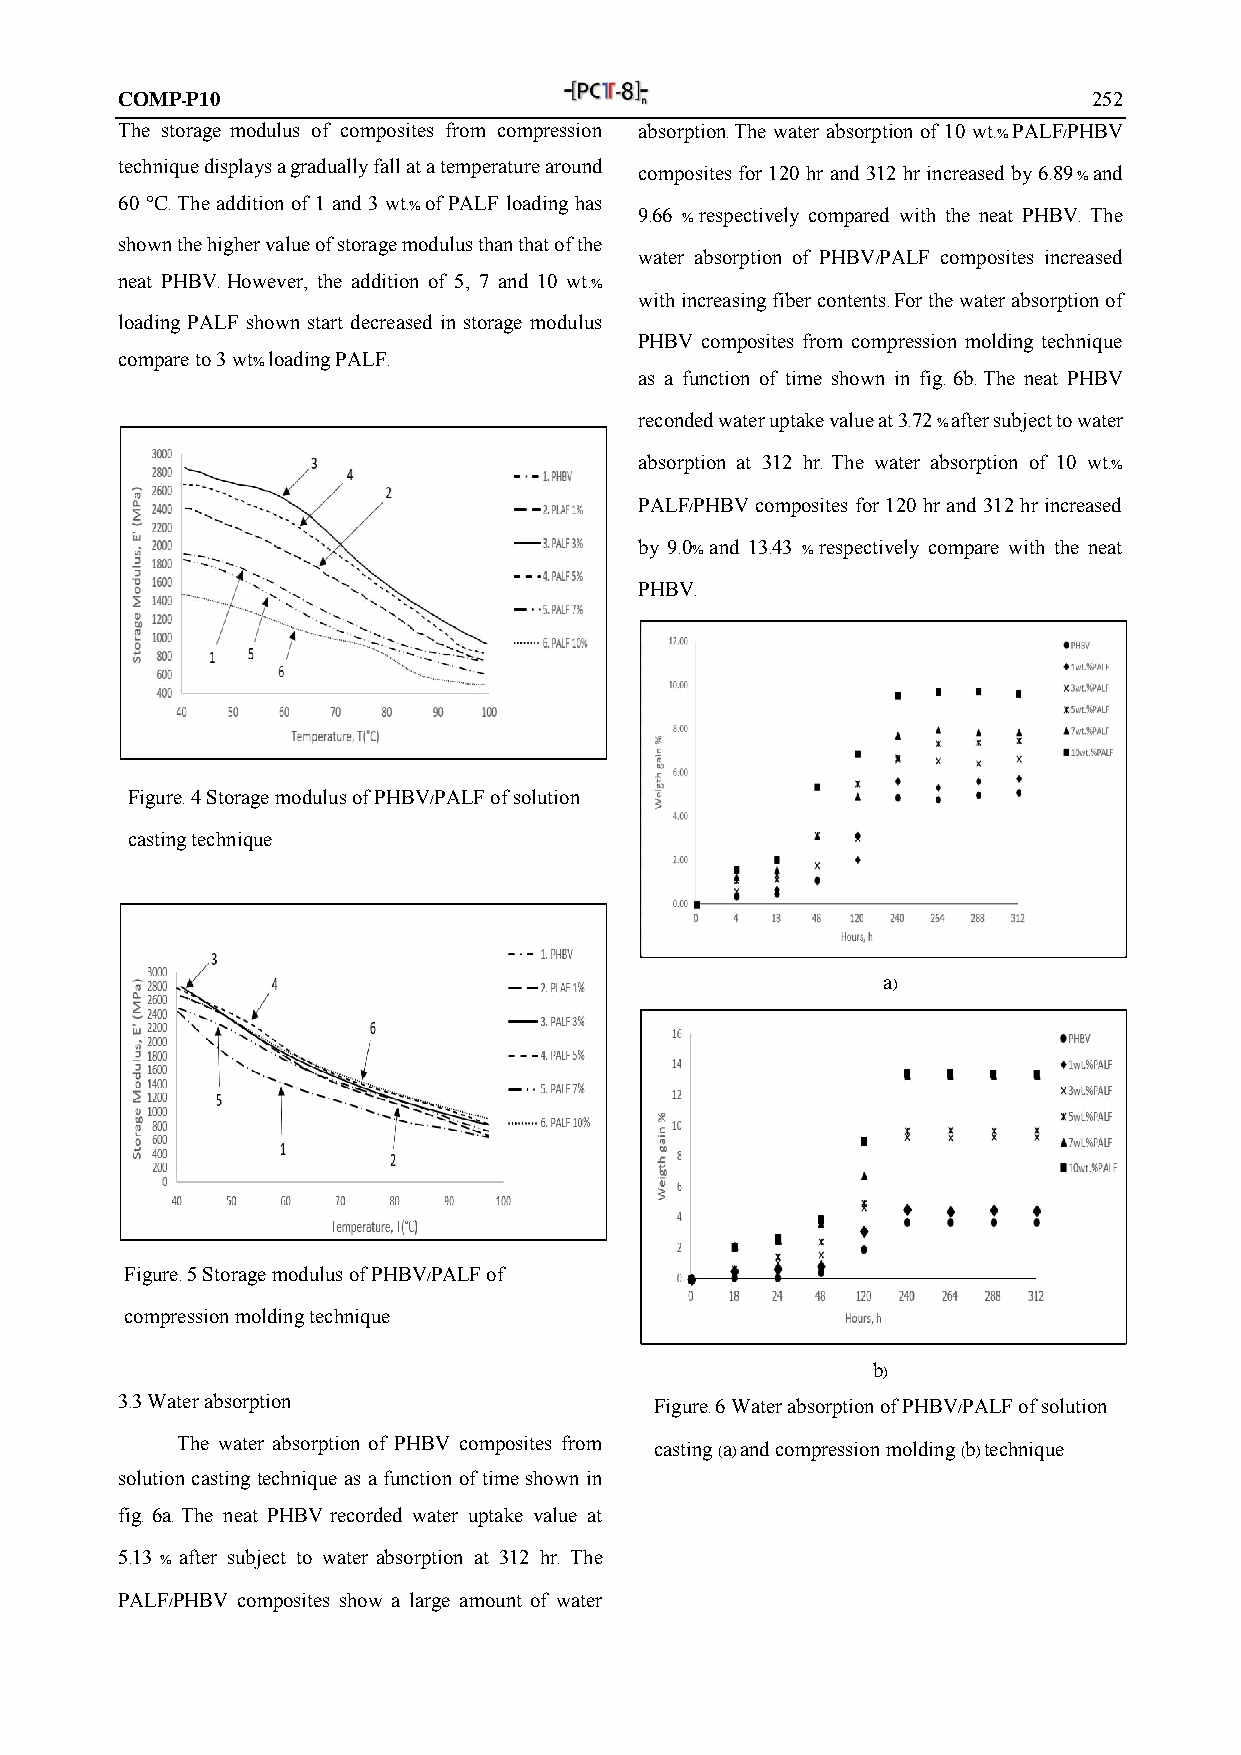
COMP-P10                                                        252
 The storage modulus of composites from compression absorption. The water absorption of 10 wt.% PALF/PHBV
 technique displays a gradually fall at a temperature around
 composites for 120 hr and 312 hr increased by 6.89 % and
 60 °C. The addition of 1 and 3 wt.% of PALF loading has
 9.66 % respectively compared with the neat PHBV. The
 shown the higher value of storage modulus than that of the
 water absorption of PHBV/PALF composites increased
 neat PHBV. However, the addition of 5, 7 and 10 wt.%
 with increasing fiber contents. For the water absorption of
 loading PALF shown start decreased in storage modulus
 PHBV composites from compression molding technique
 compare to 3 wt% loading PALF.
 as a function of time shown in fig. 6b. The neat PHBV
 reconded water uptake value at 3.72 % after subject to water
 absorption at 312 hr. The water absorption of 10 wt.%
 PALF/PHBV composites for 120 hr and 312 hr increased
 by 9.0% and 13.43 % respectively compare with the neat
 PHBV.
 Figure. 4 Storage modulus of PHBV/PALF of solution
 casting technique
 a)
 Figure. 5 Storage modulus of PHBV/PALF of
 compression molding technique
 b)
 3.3 Water absorption               Figure. 6 Water absorption of PHBV/PALF of solution
 The water absorption of PHBV composites from casting (a) and compression molding (b) technique
 solution casting technique as a function of time shown in
 fig. 6a. The neat PHBV recorded water uptake value at
 5.13 % after subject to water absorption at 312 hr. The
 PALF/PHBV composites show a large amount of water